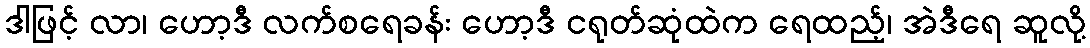
ဒါဖြင့် လာ၊ ဟော့ဒီ လက်စရေခန်း ဟော့ဒီ ငရုတ်ဆုံထဲက ရေထည့်၊ အဲဒီရေ ဆူလို့